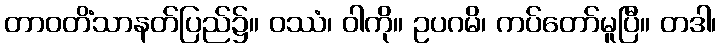
တာဝတိံသာနတ်ပြည်၌။ ဝဿံ၊ ဝါကို။ ဥပဂမိ၊ ကပ်တော်မူပြီ။ တဒါ၊